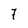
Character: 7